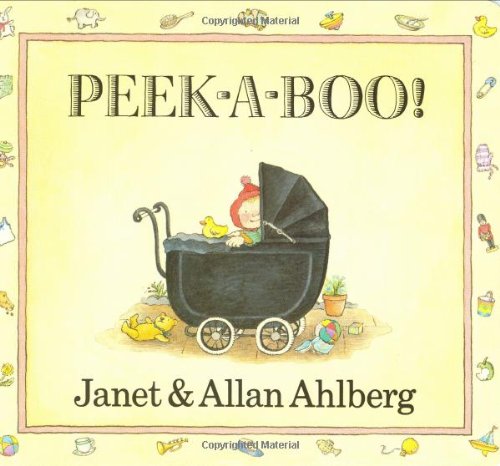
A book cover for Peek-a-Boo Board Book; Allan Ahlberg; Children's Books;